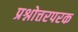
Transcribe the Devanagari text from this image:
प्रश्नोत्तरपरक